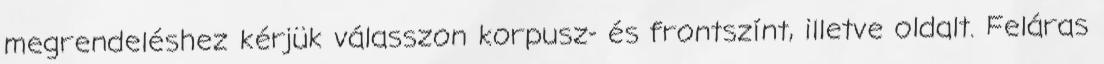
megrendeléshez kérjük válasszon korpusz- és frontszínt, illetve oldalt. Feláras